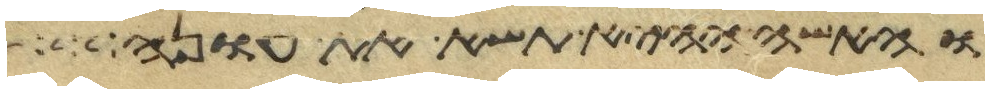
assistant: והאשה ההיא תשא את עונה